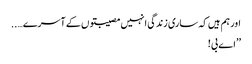
اور ہم ہیں کہ ساری زندگی انہیں مصیبتوں کے آسرے…..
’’اے بی!